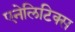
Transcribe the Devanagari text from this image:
एनेलिटिक्स